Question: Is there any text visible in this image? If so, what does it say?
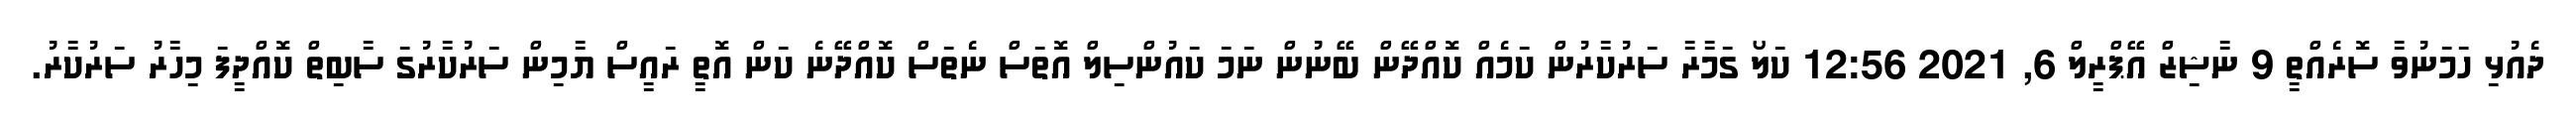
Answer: ދެއުޅި ހަމަނުވާ ސޮރެއްތީ 9 ނާޝިޒް އޭޕްރީލް 6, 2021 12:56 ކަލޯ ގަމާރާ ސަރުކާރުން ކަމެއް ކޮއްދޭން ބޭނުން ނަމަ ކައުންސިލް އޮތަސް ނެތަސް ކޮއްދޭނެ ކަން އޮތީ ރައީސް ޔާމިން ސަރުކާރުގަ ސާބިތް ކޮއްދީފަ މިހާރު ސަރުކާރު.